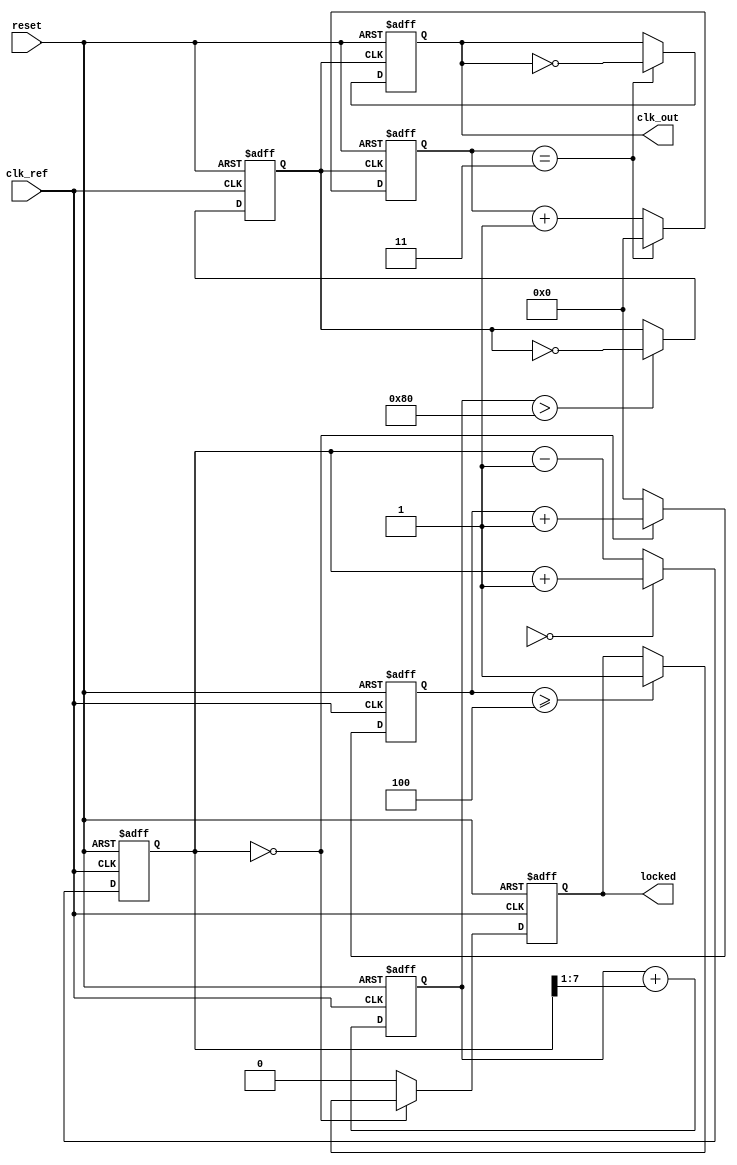
module pll (
    input wire clk_ref,          // Reference clock input
    input wire reset,            // Asynchronous reset
    output reg clk_out,          // Output clock
    output reg locked            // Lock indicator
);

    // Parameters
    parameter N = 4;             // Frequency division factor
    parameter PHASE_ERROR_WIDTH = 8; // Width of phase error signal
    parameter CONTROL_WIDTH = 8; // Width of control voltage signal

    // Internal signals
    reg [PHASE_ERROR_WIDTH-1:0] phase_error; // Phase error signal
    reg [CONTROL_WIDTH-1:0] control_voltage;  // Control voltage for VCO
    reg [N-1:0] divider;         // Frequency divider
    reg [N-1:0] feedback;        // Feedback from output clock
    reg vco_clk;                 // VCO clock output
    reg [3:0] state;             // State for lock detection

    // Phase Detector (PD)
    always @(posedge clk_ref or posedge reset) begin
        if (reset) begin
            phase_error <= 0;
        end else begin
            // Simple phase detector logic (can be replaced with a more complex implementation)
            // Compare the phase of clk_ref and feedback
            if (feedback == 0) begin
                phase_error <= phase_error + 1; // Phase leading
            end else begin
                phase_error <= phase_error - 1; // Phase lagging
            end
        end
    end

    // Loop Filter (LF)
    always @(posedge clk_ref or posedge reset) begin
        if (reset) begin
            control_voltage <= 0;
        end else begin
            // Simple first-order loop filter (can be made more complex)
            control_voltage <= control_voltage + (phase_error >> 1); // Low-pass filter
        end
    end

    // Voltage-Controlled Oscillator (VCO)
    always @(posedge clk_ref or posedge reset) begin
        if (reset) begin
            vco_clk <= 0;
        end else begin
            // Generate output clock based on control voltage
            // Adjust frequency based on control_voltage (simplified)
            if (control_voltage > 128) begin
                vco_clk <= ~vco_clk; // Toggle output clock
            end
        end
    end

    // Frequency Divider
    always @(posedge vco_clk or posedge reset) begin
        if (reset) begin
            divider <= 0;
            clk_out <= 0;
        end else begin
            divider <= divider + 1;
            if (divider == N-1) begin
                clk_out <= ~clk_out; // Generate output clock
                divider <= 0; // Reset divider
            end
        end
    end

    // Lock Detection
    always @(posedge clk_ref or posedge reset) begin
        if (reset) begin
            state <= 0;
            locked <= 0;
        end else begin
            // Simple lock detection logic
            if (phase_error == 0) begin
                state <= state + 1;
                if (state >= 4) begin // Arbitrary lock condition
                    locked <= 1;
                end
            end else begin
                state <= 0; // Reset state if not locked
                locked <= 0;
            end
        end
    end

endmodule